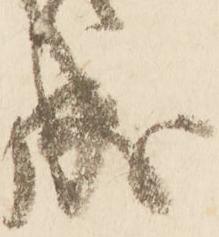
成